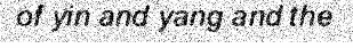
of yin and yang and the